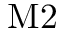
\mathrm { M } 2